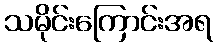
သမိုင်းကြောင်းအရ